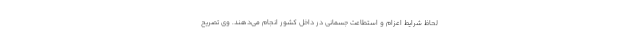
لحاظ شرایط اعزام و استطاعت جسمانی در داخل کشور انجام می‌دهند. وی تصریح